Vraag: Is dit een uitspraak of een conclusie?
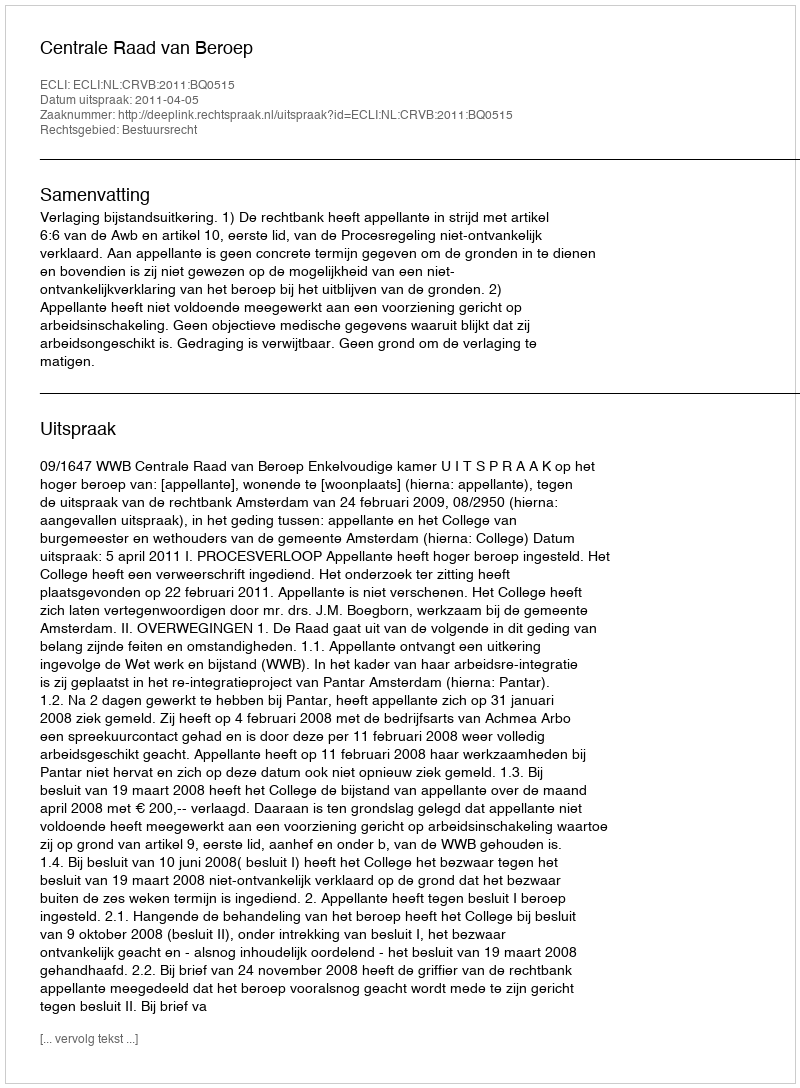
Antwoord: Uitspraak